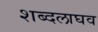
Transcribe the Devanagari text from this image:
शब्दलाघव